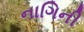
નાગિની